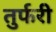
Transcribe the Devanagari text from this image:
तुर्फरी